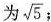
为\sqrt{5}；